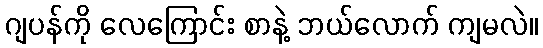
ဂျပန်ကို လေကြောင်း စာနဲ့ ဘယ်လောက် ကျမလဲ။